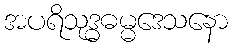
အပရိသုဒ္ဓဓမ္မဒေသနော